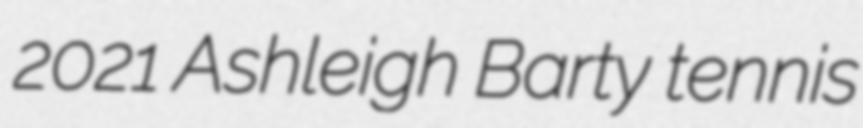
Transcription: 2021 Ashleigh Barty tennis